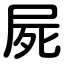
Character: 屍